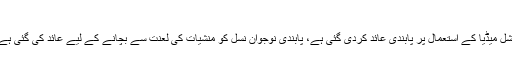
ڈاکٹر شاہد مرتضی چشتی.
حویلی لکھا (محمد احمد ساجد سے) پنجاب کے تعلیمی اداروں میں موبائل فون اور سوشل میڈیا کے استعمال پر پابندی عائد کردی گئی ہے، پابندی نوجوان نسل کو منشیات کی لعنت سے بچانے کے لیے عائد کی گئی ہے، پاکستان کے تعلیمی اداروں میں بھی منشیات کا بڑھتا ہوا رجحان باعثِ تشویش ہے۔